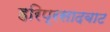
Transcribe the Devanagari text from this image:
हरिप्रसादबाट